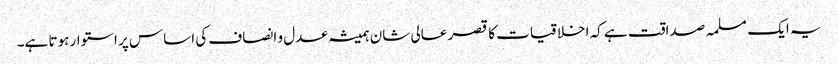
یہ ایک مسلمہ صداقت ہے کہ اخلاقیات کا قصر عالی شان ہمیشہ عدل و انصاف کی اساس پر استوار ہوتا ہے۔